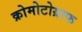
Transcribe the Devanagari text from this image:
क्रोमोटोग्राफ